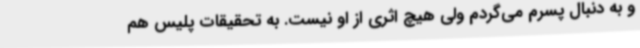
و به دنبال پسرم می‌گردم ولی هیچ اثری از او نیست. به تحقیقات پلیس هم